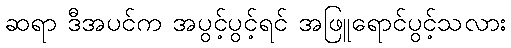
ဆရာ ဒီအပင်က အပွင့်ပွင့်ရင် အဖြူရောင်ပွင့်သလား